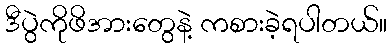
ဒီပွဲကိုဖိအားတွေနဲ့ ကစားခဲ့ရပါတယ်။